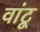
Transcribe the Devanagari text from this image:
वांटू